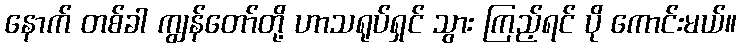
နောက် တစ်ခါ ကျွန်တော်တို့ ဟာသရုပ်ရှင် သွား ကြည့်ရင် ပို ကောင်းမယ်။